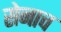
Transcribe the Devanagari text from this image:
सेनाच